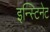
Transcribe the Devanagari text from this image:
इन्स्टिनेट